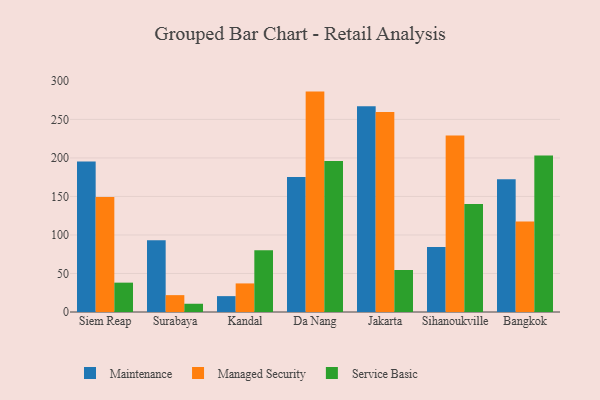
{"axis": {"x": "City", "y": "Shipments"}, "legend": ["Maintenance", "Managed Security", "Service Basic"], "data": [{"x": "Siem Reap", "y": 195.4, "type": "Maintenance"}, {"x": "Siem Reap", "y": 149.2, "type": "Managed Security"}, {"x": "Siem Reap", "y": 38.1, "type": "Service Basic"}, {"x": "Surabaya", "y": 93.0, "type": "Maintenance"}, {"x": "Surabaya", "y": 21.9, "type": "Managed Security"}, {"x": "Surabaya", "y": 10.7, "type": "Service Basic"}, {"x": "Kandal", "y": 20.6, "type": "Maintenance"}, {"x": "Kandal", "y": 37.1, "type": "Managed Security"}, {"x": "Kandal", "y": 80.1, "type": "Service Basic"}, {"x": "Da Nang", "y": 175.1, "type": "Maintenance"}, {"x": "Da Nang", "y": 286.1, "type": "Managed Security"}, {"x": "Da Nang", "y": 196.0, "type": "Service Basic"}, {"x": "Jakarta", "y": 267.1, "type": "Maintenance"}, {"x": "Jakarta", "y": 259.7, "type": "Managed Security"}, {"x": "Jakarta", "y": 54.5, "type": "Service Basic"}, {"x": "Sihanoukville", "y": 84.5, "type": "Maintenance"}, {"x": "Sihanoukville", "y": 229.2, "type": "Managed Security"}, {"x": "Sihanoukville", "y": 140.1, "type": "Service Basic"}, {"x": "Bangkok", "y": 172.3, "type": "Maintenance"}, {"x": "Bangkok", "y": 117.5, "type": "Managed Security"}, {"x": "Bangkok", "y": 203.1, "type": "Service Basic"}]}